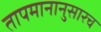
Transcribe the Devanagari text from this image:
तापमानानुसारच